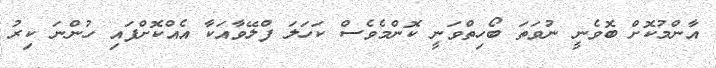
އާންމުކޮށް ބޮވެނީ ނުވަތަ ބޯހިތްވަނީ ކޮންމެވެސް ކަހަލަ ފްލޭވާއަކާ އެއްކޮށްފައި ހުންނަ ކިރު